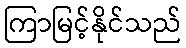
ကြာမြင့်နိုင်သည်